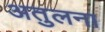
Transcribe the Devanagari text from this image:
अतुलना